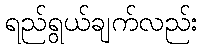
ရည်ရွယ်ချက်လည်း